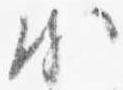
頗